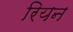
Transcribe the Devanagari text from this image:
रियन